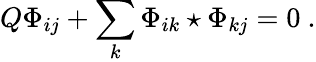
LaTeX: Q\Phi_{ij}+\sum_{k}\Phi_{ik}\star\Phi_{kj}=0\ .